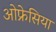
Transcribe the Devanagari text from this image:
ओफ्रेसिया